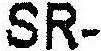
SR-